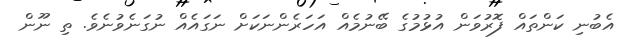
އެބުނި ކަންތައް ފޮރުވަން އުޅުމުގެ ބޭނުމެއް އަހަރެންނަކަށް ނަގައެއް ނުގަނެވުނެވެ. ތި ނޫން